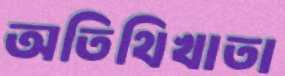
অতিথিখাতা